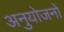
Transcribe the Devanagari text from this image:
अनुयोजनों